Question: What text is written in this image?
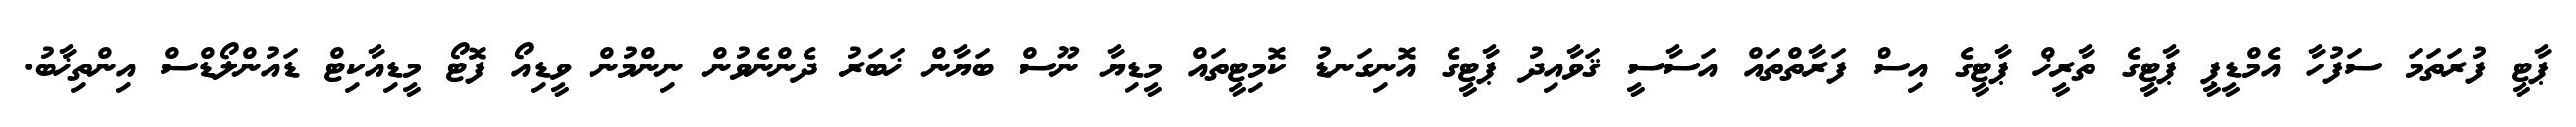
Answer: ޕާޓީ ފުރަތަމަ ސަފުހާ އެމްޑީޕީ ޕާޓީގެ ތާރީޚް ޕާޓީގެ އިސް ފަރާތްތައް އަސާސީ ޤަވާއިދު ޕާޓީގެ އޮނިގަނޑު ކޮމިޓީތައް މީޑިޔާ ނޫސް ބަޔާން ޚަބަރު ދެންނެވުން ނިންމުން ވީޑިއޯ ފޮޓޯ މީޑިއާކިޓް ޑައުންލޯޑްސް އިންތިޚާބު.